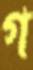
গ